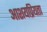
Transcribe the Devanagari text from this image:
आशयप्रियता